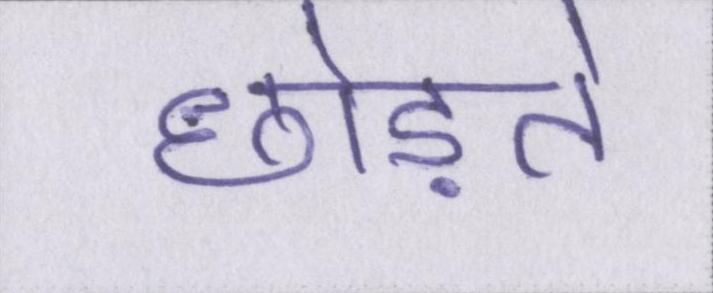
छोड़ते